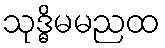
သုဒ္ဓိမမညထ